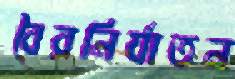
বৈরনির্যাতন